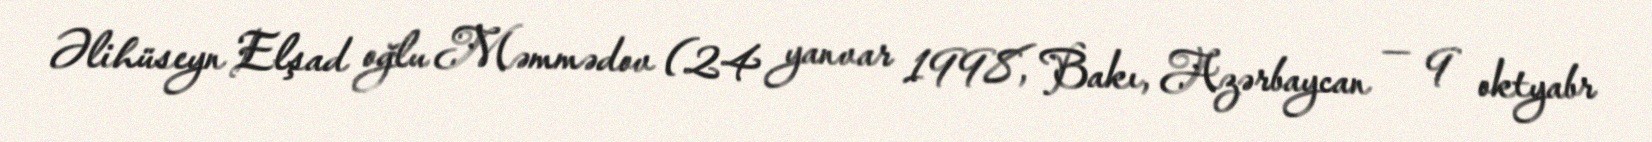
Əlihüseyn Elşad oğlu Məmmədov (24 yanvar 1998, Bakı, Azərbaycan — 9 oktyabr